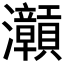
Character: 𱪝